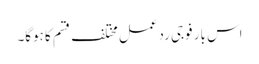
اس بار فوجی ردعمل مختلف قسم کا ہوگا۔